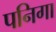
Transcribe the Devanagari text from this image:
पनिगा